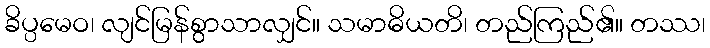
ခိပ္ပမေဝ၊ လျင်မြန်စွာသာလျှင်။ သမာဓိယတိ၊ တည်ကြည်၏။ တဿ၊